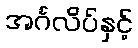
အင်္ဂလိပ်နှင့်